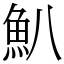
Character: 𩵒